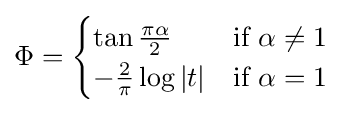
\Phi ={\begin{cases}\tan {\tfrac {\pi \alpha }{2}}&{\text{if }}\alpha \neq 1\\-{\tfrac {2}{\pi }}\log |t|&{\text{if }}\alpha =1\end{cases}}